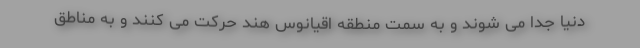
دنیا جدا می شوند و به سمت منطقه اقیانوس هند حرکت می کنند و به مناطق